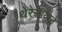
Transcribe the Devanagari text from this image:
थेरेसीयाने